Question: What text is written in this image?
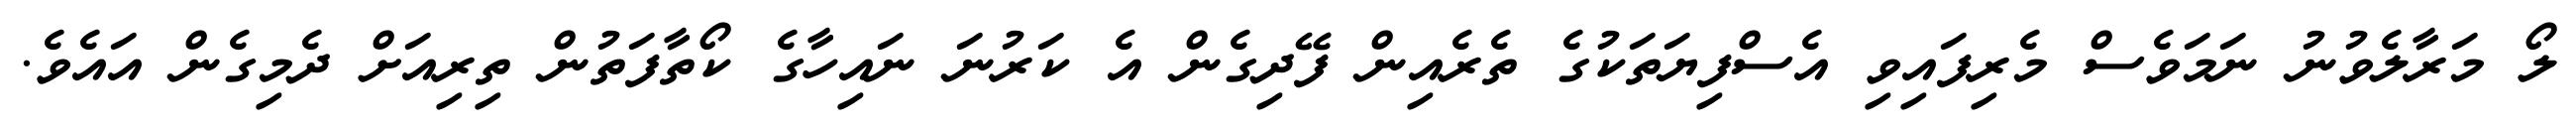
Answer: ލޯ މަރާލެވުނު ނަމަވެސް މެރިފައިވި އެސްފިޔަތަކުގެ ތެރެއިން ފޭދިގެން އެ ކަރުނަ ނައިހާގެ ކޯތާފަތުން ތިރިއަށް ދެމިގެން އައެވެ.